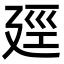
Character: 𪪯